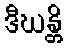
ဒီဃန္တိ